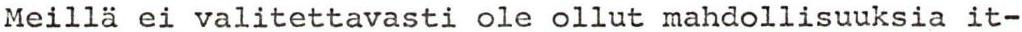
Meillä ei valitettavasti ole ollut mahdollisuuksia it-